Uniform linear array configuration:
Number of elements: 12
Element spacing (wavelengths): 0.25
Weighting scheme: kaiser
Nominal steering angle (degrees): -30
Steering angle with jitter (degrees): -28.961
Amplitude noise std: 0.05
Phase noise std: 0.05

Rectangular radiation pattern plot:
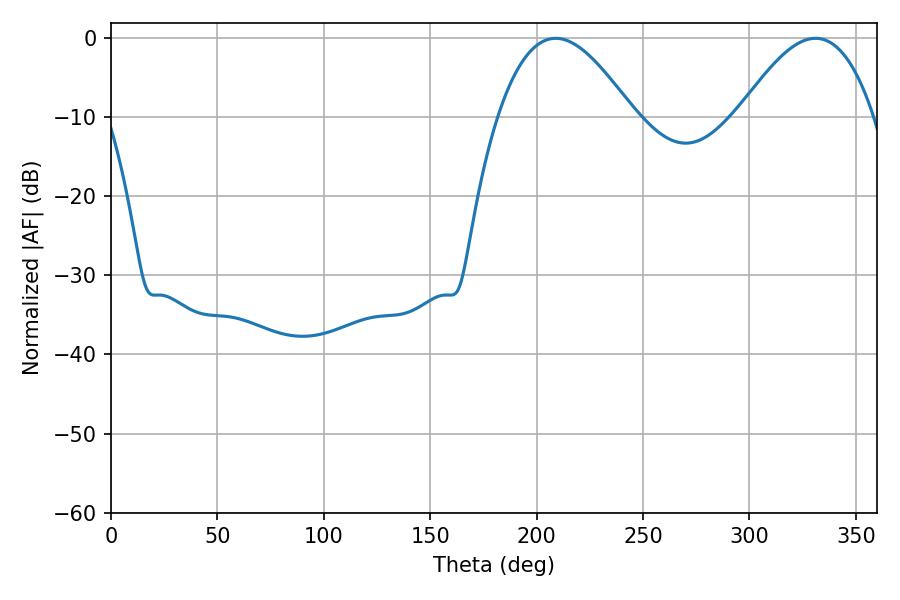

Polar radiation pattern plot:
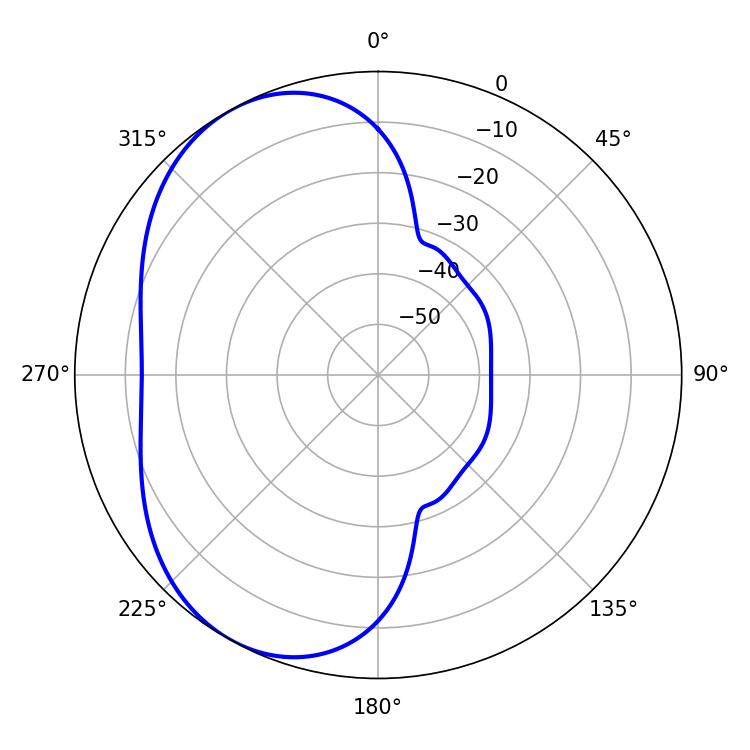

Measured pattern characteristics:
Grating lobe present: FALSE
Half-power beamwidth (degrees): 34.56
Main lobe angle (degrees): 208.98